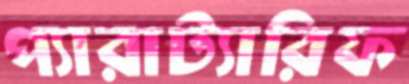
প্যারাট্যারিফ